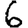
Digit: 6